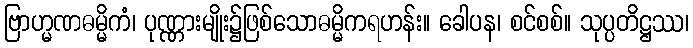
ဗြာဟ္မဏဓမ္မိကံ၊ ပုဏ္ဏားမျိုး၌ဖြစ်သောဓမ္မိကရဟန်း။ ခေါပန၊ စင်စစ်။ သုပ္ပတိဋ္ဌဿ၊